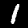
Digit: 1